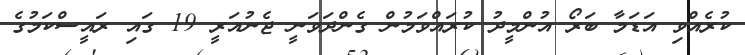
ކުރެއްވި އަޑަމާ ބަރޯ އުންމީދު ކުރައްވަމުން ގެންދަވަނީ ޖެނުއަރީ 19 ގައި ރައީސްކަމުގެ